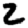
Digit: 2